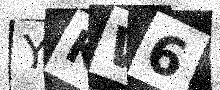
Text: YKW6